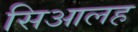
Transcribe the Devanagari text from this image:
सिआलह